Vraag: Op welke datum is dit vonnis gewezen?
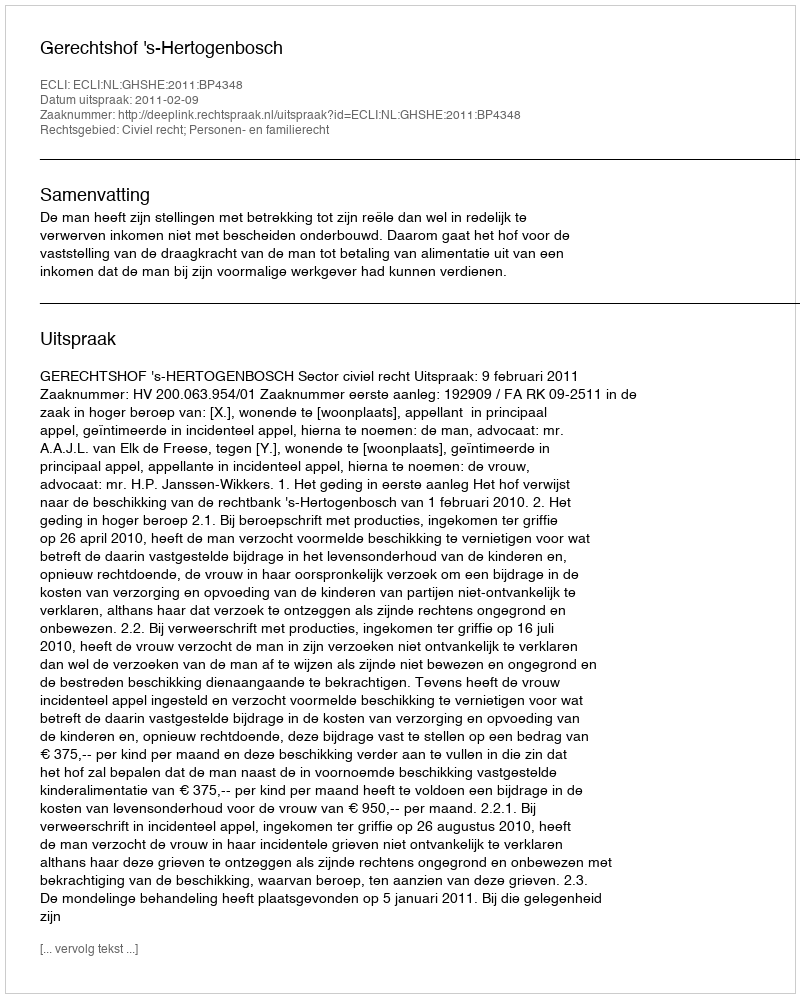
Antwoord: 2011-02-09